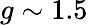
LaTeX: g\sim 1.5